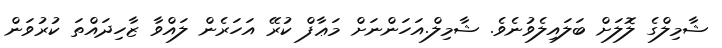
ޝާމިލްގެ ލޮލަށް ބަލައިލެވުނެވެ. ޝާމިލް.އަހަންނަށް މަޢާފް ކުރޭ އަހަރެން ލައްވާ ޒާހިދައްތަ ކުރުވަން